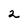
Character: 2